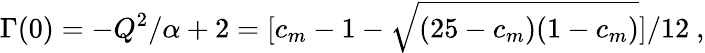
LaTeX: \Gamma(0)=-Q^{2}/\alpha+2=[c_{m}-1-\sqrt{(25-c_{m})(1-c_{m})}]/12\ ,